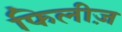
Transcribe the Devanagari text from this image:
फिलीज़